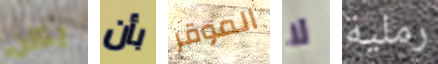
يكن بأن الموقر لا رملية